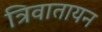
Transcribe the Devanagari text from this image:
त्रिवातायन